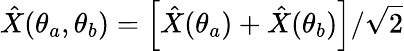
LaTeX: \hat{X}(\theta_{a},\theta_{b})=\left[\hat{X}(\theta_{a})+\hat{X}(\theta_{b})\right]/\sqrt{2}